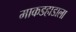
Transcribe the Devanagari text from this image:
माकडहाडाला